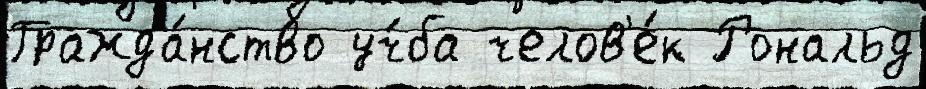
Гражда́нство уч́ба челов'е́к Рональд